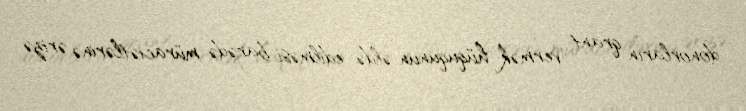
donorların qrant vermək hüququnun əldə edilməsi barədə müraciətlərinə ərizə